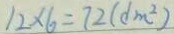
1 2 \times 6 = 7 2 ( d m ^ { 2 } )